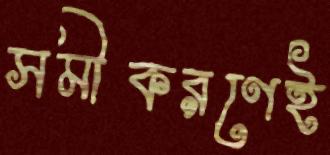
সমীকরণেই